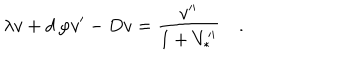
\lambda v + d \, \varphi v ^ { \prime } - D v = { \frac { v ^ { \prime \prime } } { 1 + V _ { * } ^ { \prime \prime } } } \quad .